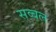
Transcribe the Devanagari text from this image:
सव्बल